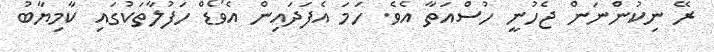
ރޭ ނިކުންނަން ޖެހުނީ ހުސްއަތާ އެވެ. ހަމަ އެފަދައިން އެވޯޑް ހަފުލާތަކުގައި ކާމިޔާބު